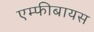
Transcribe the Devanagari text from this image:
एम्फीबायस